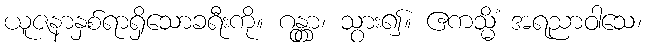
ယူဇနာနှစ်ရာရှိသောခရီးကို။ ဂန္တွာ၊ သွား၍။ ဧကသ္မိံ အရညာဝါသေ၊